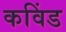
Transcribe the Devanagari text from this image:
कविंड